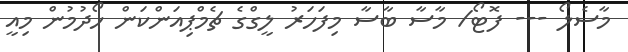
މާސެލޯ --- ފޮޓޯ/ މާސާ ބާސާ މިފަހަރު ލީގްގެ ޗެމްޕިއަންކަން ހޯދުމުން މިއީ